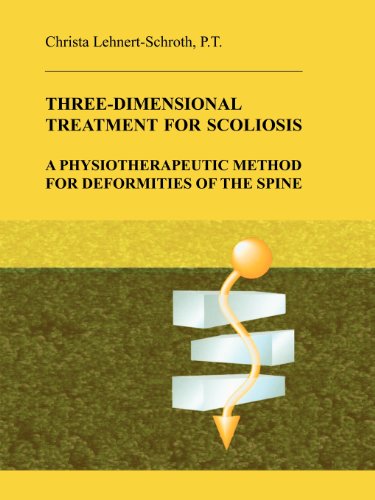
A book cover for Three-Dimensional Treatment for Scoliosis: A Physiotherapeutic Method for Deformities of the Spine; Christa Lehnert-Schroth; Medical Books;